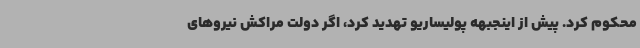
محکوم کرد. پیش از اینجبهه پولیساریو تهدید کرد، اگر دولت مراکش نیروهای